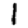
Digit: 1